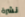
نشرة